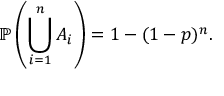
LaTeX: \mathbb { P } \left( \bigcup _ { i = 1 } ^ { n } A _ { i } \right) = 1 - ( 1 - p ) ^ { n } .